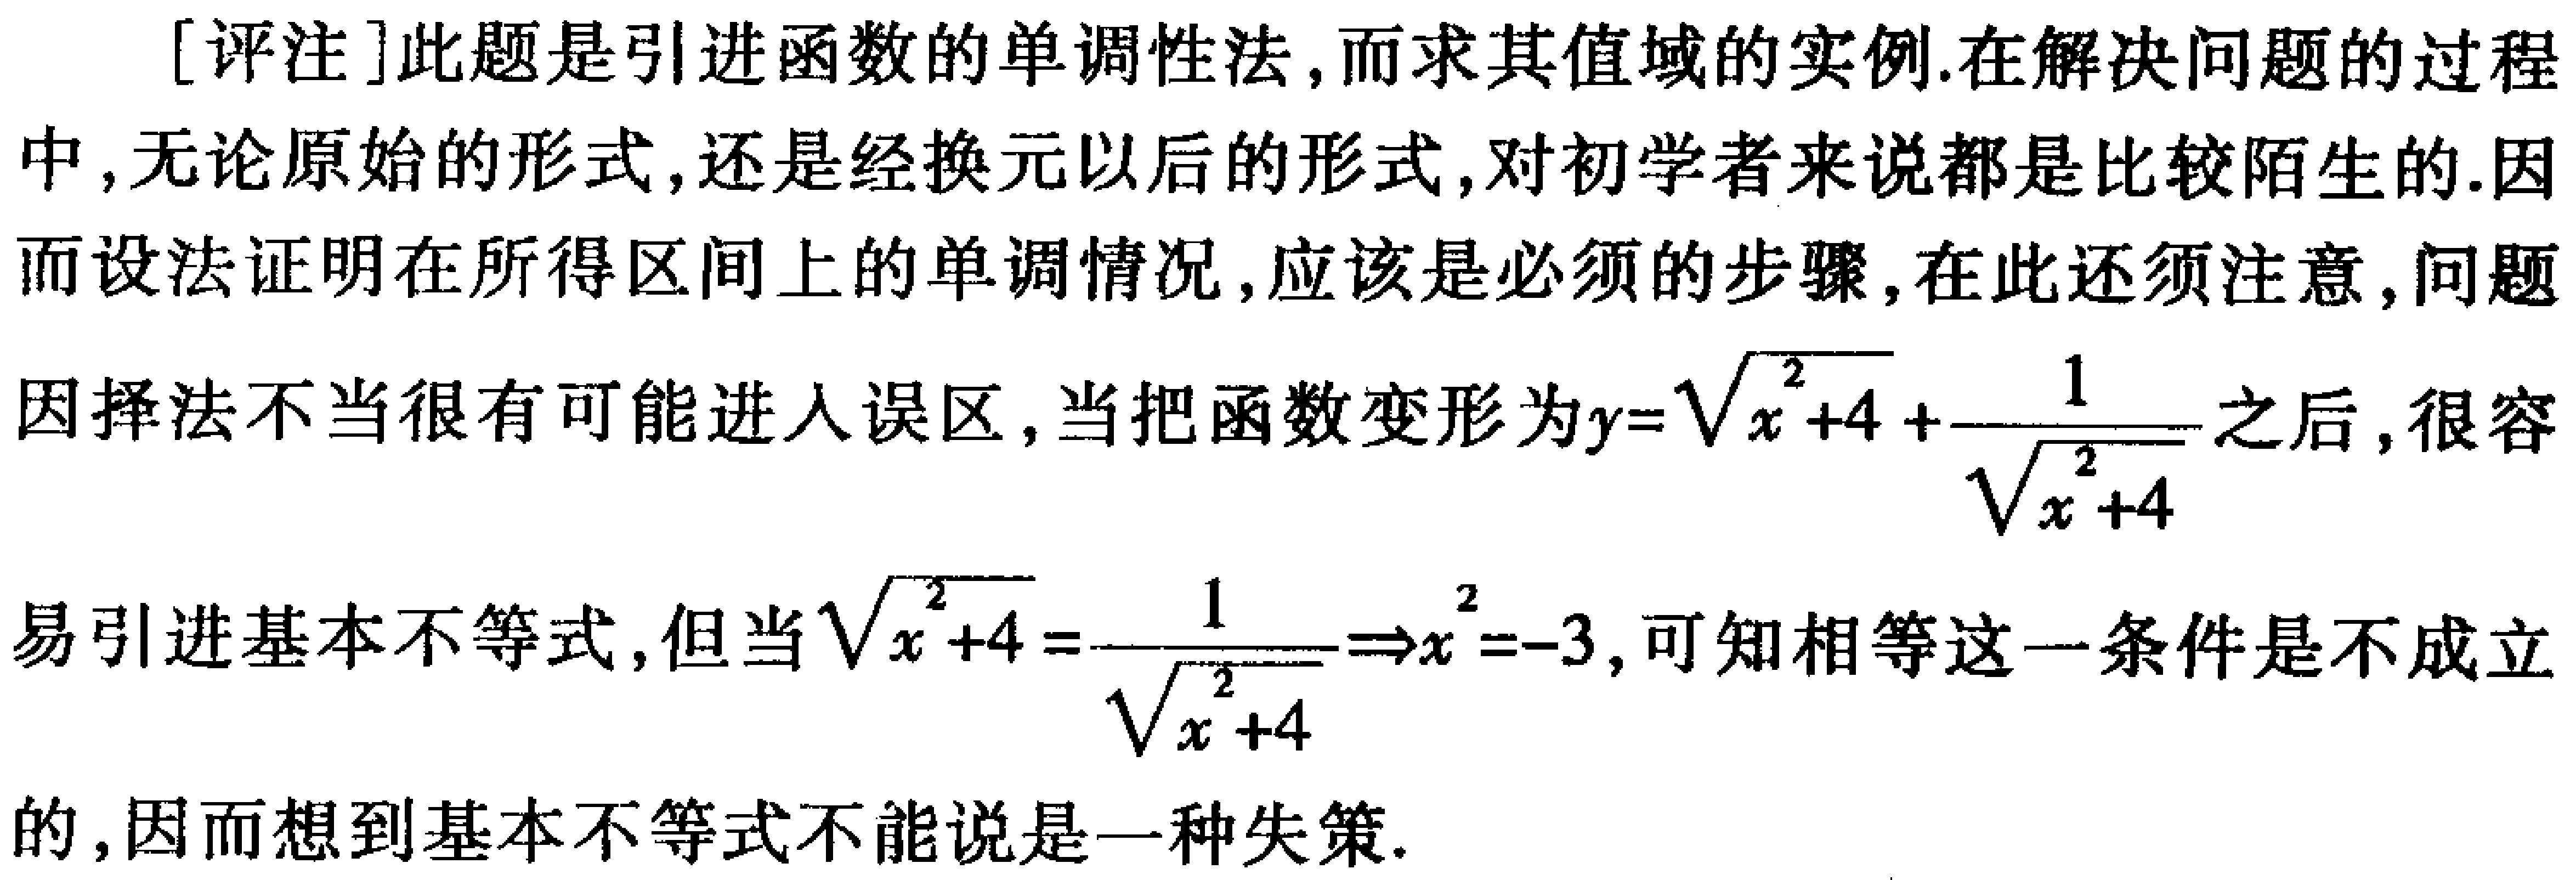
[评注]此题是引进函数的单调性法,而求其值域的实例.在解决问题的过程中,无论原始的形式,还是经换元以后的形式,对初学者来说都是比较陌生的.因而设法证明在所得区间上的单调情况,应该是必须的步骤,在此还须注意,问题因择法不当很有可能进入误区,当把函数变形为\(y = \sqrt{x^{2}+4}+\frac{1}{\sqrt{x^{2}+4}}\)之后,很容易引进基本不等式,但当\(\sqrt{x^{2}+4}=\frac{1}{\sqrt{x^{2}+4}}\Rightarrow x^{2}=-3\),可知相等这一条件是不成立的,因而想到基本不等式不能说是一种失策.